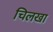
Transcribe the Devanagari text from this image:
चिलखा